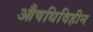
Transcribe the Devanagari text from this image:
औषधिविहीन